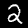
Label: 2